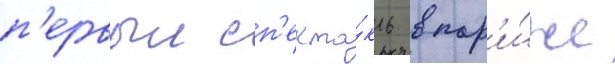
п'ервыи сп'екта́кль в пар'и́же